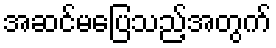
အဆင်မပြေသည့်အတွက်